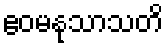
ဧဝမနုသာသတိ